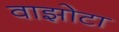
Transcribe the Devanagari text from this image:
वाझोटा